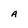
Character: A